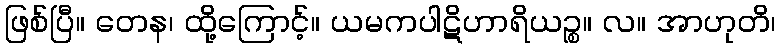
ဖြစ်ပြီ။ တေန၊ ထို့ကြောင့်။ ယမကပါဋိဟာရိယဉ္စ။ လ။ အာဟုတိ၊